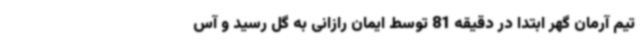
تیم آرمان گهر ابتدا در دقیقه 81 توسط ایمان رازانی به گل رسید و آس